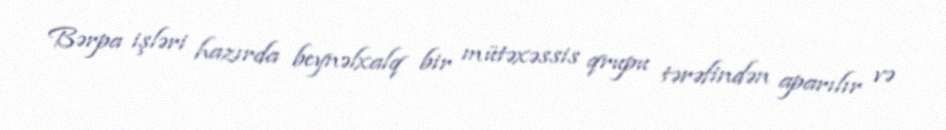
Bərpa işləri hazırda beynəlxalq bir mütəxəssis qrupu tərəfindən aparılır və